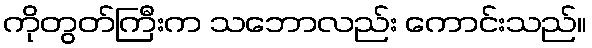
ကိုတွတ်ကြီးက သဘောလည်း ကောင်းသည်။